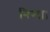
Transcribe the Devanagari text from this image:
निन्दा।